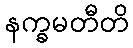
နက္ခမတီတိ